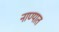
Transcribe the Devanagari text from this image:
नाण्यात